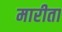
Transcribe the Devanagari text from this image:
मारीता